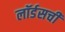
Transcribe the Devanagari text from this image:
लॉर्डसची